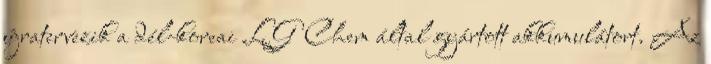
újratervezik a dél-koreai LG Chem által gyártott akkumulátort. Az